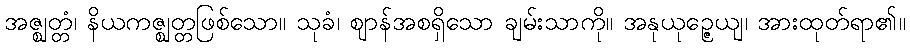
အဇ္ဈတ္တံ၊ နိယကဇ္ဈတ္တဖြစ်သော။ သုခံ၊ ဈာန်အစရှိသော ချမ်းသာကို။ အနုယုဉ္ဇေယျ၊ အားထုတ်ရာ၏။